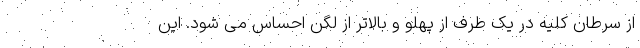
از سرطان کلیه در یک طرف از پهلو و بالاتر از لگن احساس می شود. این